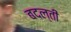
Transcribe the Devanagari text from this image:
बदल्ती